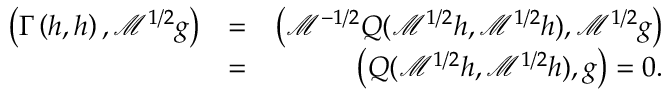
\begin{array} { r l r } { \left( \Gamma \left( h , h \right) , \mathcal { M } ^ { 1 / 2 } g \right) } & { = } & { \left( \mathcal { M } ^ { - 1 / 2 } Q ( \mathcal { M } ^ { 1 / 2 } h , \mathcal { M } ^ { 1 / 2 } h ) , \mathcal { M } ^ { 1 / 2 } g \right) } \\ & { = } & { \left( Q ( \mathcal { M } ^ { 1 / 2 } h , \mathcal { M } ^ { 1 / 2 } h ) , g \right) = 0 \mathrm { . } } \end{array}